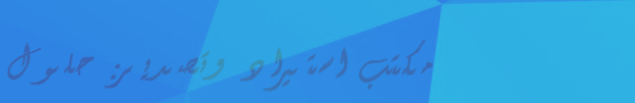
مكتب استيراد وتصدير: حلول